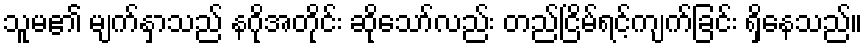
သူမ၏ မျက်နှာသည် နဂိုအတိုင်း ဆိုသော်လည်း တည်ငြိမ်ရင့်ကျက်ခြင်း ရှိနေသည်။